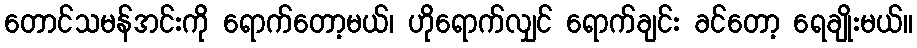
တောင်သမန်အင်းကို ရောက်တော့မယ်၊ ဟိုရောက်လျှင် ရောက်ချင်း ခင်တော့ ရေချိုးမယ်။